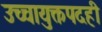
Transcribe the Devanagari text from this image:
उच्चायुक्तपदही